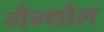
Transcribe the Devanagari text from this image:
मैन्थोल